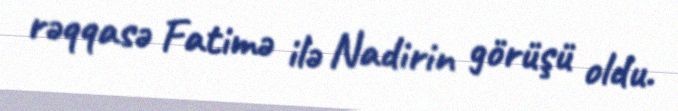
rəqqasə Fatimə ilə Nadirin görüşü oldu.